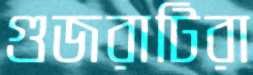
গুজরাটিরা